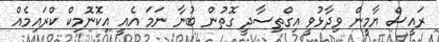
ރައީސް ޔާމީން ވިދާޅުވީ އިގްތިސާދީ ގޮތުން ބުނާ ނަމަ އެއީ އިކޮނޮމިކް ކްރައިމެއް